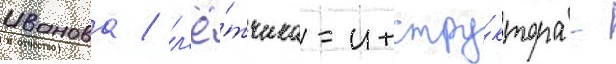
Иванова / л'ё́тчика-инстру́ктора -